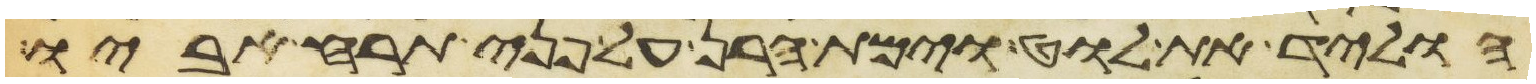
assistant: הוליד את לוט וימת הרן על פני תרח אביו